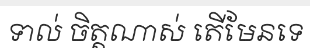
ទាល់ ចិត្តណាស់ តើមែនទេ